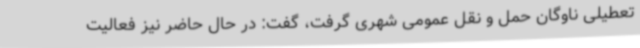
تعطیلی ناوگان حمل و نقل عمومی شهری گرفت، گفت: در حال حاضر نیز فعالیت